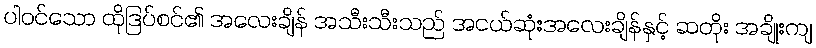
ပါဝင်သော ထိုဒြပ်စင်၏ အလေးချိန် အသီးသီးသည် အငယ်ဆုံးအလေးချိန်နှင့် ဆတိုး အချိုးကျ